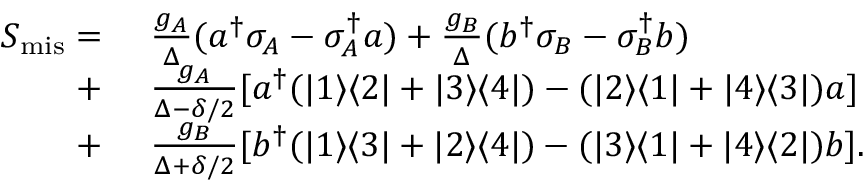
\begin{array} { r l } { S _ { \mathrm { m i s } } = } & { ~ \frac { g _ { A } } { \Delta } ( a ^ { \dagger } \sigma _ { A } - \sigma _ { A } ^ { \dagger } a ) + \frac { g _ { B } } { \Delta } ( b ^ { \dagger } \sigma _ { B } - \sigma _ { B } ^ { \dagger } b ) } \\ { + } & { ~ \frac { g _ { A } } { \Delta - \delta / 2 } [ a ^ { \dagger } ( | 1 \rangle \langle 2 | + | 3 \rangle \langle 4 | ) - ( | 2 \rangle \langle 1 | + | 4 \rangle \langle 3 | ) a ] } \\ { + } & { ~ \frac { g _ { B } } { \Delta + \delta / 2 } [ b ^ { \dagger } ( | 1 \rangle \langle 3 | + | 2 \rangle \langle 4 | ) - ( | 3 \rangle \langle 1 | + | 4 \rangle \langle 2 | ) b ] . } \end{array}